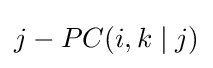
j-PC(i,k\mid j)